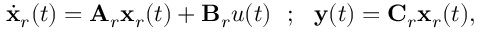
\begin{array} { r } { \dot { \mathbf { x } } _ { r } ( t ) = \mathbf { A } _ { r } \mathbf { x } _ { r } ( t ) + \mathbf { B } _ { r } u ( t ) \ \ ; \ \ \mathbf { y } ( t ) = \mathbf { C } _ { r } \mathbf { x } _ { r } ( t ) , } \end{array}